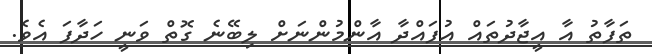
ތަފާތު އާ އީޖާދުތައް އުފައްދާ އާންމުންނަށް ލިބޭނެ ގޮތް ވަނީ ހަދާފަ އެވެ.